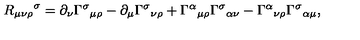
{ R _ { \mu \nu \rho } } ^ { \sigma } = \partial _ { \nu } { \Gamma ^ { \sigma } } _ { \mu \rho } - \partial _ { \mu } { \Gamma ^ { \sigma } } _ { \nu \rho } + { \Gamma ^ { \alpha } } _ { \mu \rho } { \Gamma ^ { \sigma } } _ { \alpha \nu } - { \Gamma ^ { \alpha } } _ { \nu \rho } { \Gamma ^ { \sigma } } _ { \alpha \mu } ,